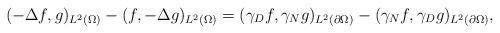
LaTeX: \begin{align*} (-\Delta f,g)_{L^2(\Omega)}-(f,-\Delta g)_{L^2(\Omega)}=(\gamma_D f,\gamma_N g)_{L^2(\partial\Omega)}-(\gamma_N f,\gamma_D g)_{L^2(\partial\Omega)},\end{align*}